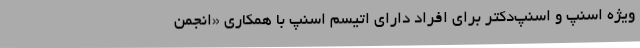
ویژه‌ اسنپ و اسنپ‌دکتر برای افراد دارای اتیسم اسنپ با همکاری «انجمن